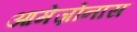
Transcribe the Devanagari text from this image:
आमेज़ोनास